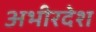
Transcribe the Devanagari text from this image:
अभीरदेश